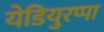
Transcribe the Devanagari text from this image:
येडियुरप्पा